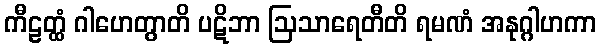
ကီဠတ္ထံ ဂါဟေတွာတိ ပဋိဘာ ဩသာရေတီတိ ရမဏံ အနုဂ္ဂါဟကာ